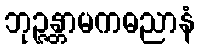
ဘုဉ္ဇန္တာမကဓညာနံ